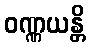
ဝဏ္ဏယန္တိ